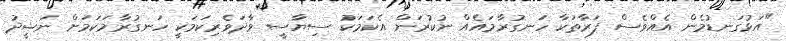
"އަޅުގަނޑުމެން އެއްވެސް ފަރާތަކާ ހަނގުރާމައެއް ނުކުރަން އެކަމަކު ސިޔާސީ ވާދަވެރިކަމަކީ ހަނގުރާމަކަމަށް ނަޝީދު